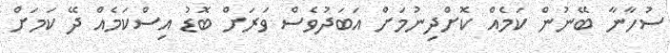
ސުހާނާ ބޭނުން ކަމެއް ކޮށްދިނުމަށް އަބަދުވެސް ވަރަށް ބޮޑު އިސްކަމެއް ދޭ ކަމަށް